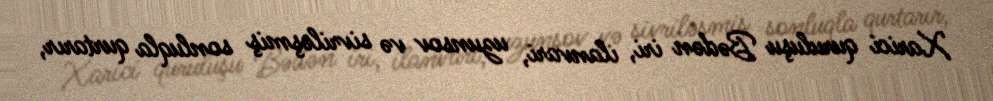
Xarici quruluşu Bədən iri, ilanvari, uzunsov və sivriləşmiş sonluqla qurtarır,